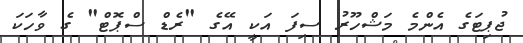
ޖުޕިޓަގެ އެންމެ މަޝްހޫރު ސިފަ އަކީ އޭގެ "ރެޑް ސްޕޮޓް" ގެ ވާހަކަ